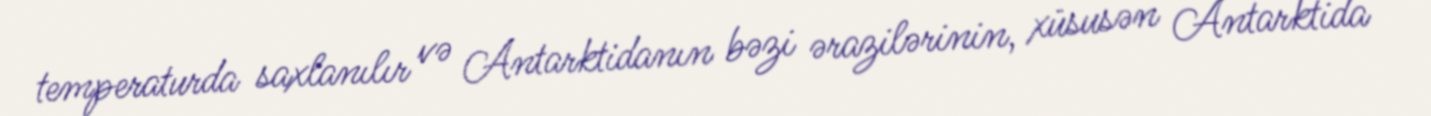
temperaturda saxlanılır və Antarktidanın bəzi ərazilərinin, xüsusən Antarktida